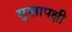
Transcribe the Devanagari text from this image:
मुखापक्षी